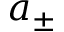
a _ { \pm }